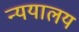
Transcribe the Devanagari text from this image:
न्ययालय